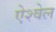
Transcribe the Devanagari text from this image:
ऐश्वेल